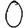
Digit: 0